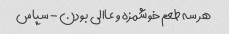
هر سه طعم خوشمزه و عاالی بودن - سپاس